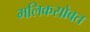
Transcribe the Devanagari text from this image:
मलिकसोबत